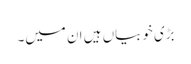
بڑی خوبیاں ہیں ان میں۔